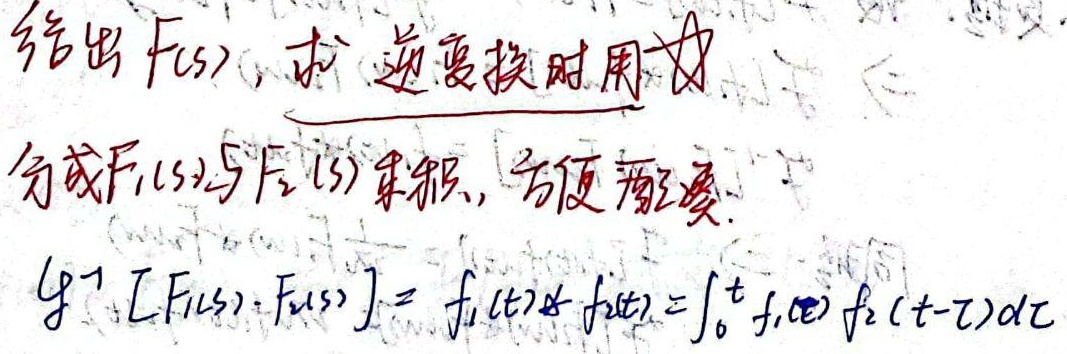
给出 \(F(s)\)，求逆变换时用分成 \(F_{1}(s)\) 与 \(F_{2}(s)\) 乘积，方便凑凑。\(\mathcal{L}^{-1}[F_{1}(s)\cdot F_{2}(s)]=f_{1}(t)*f_{2}(t)=\int_{0}^{t}f_{1}(\tau)f_{2}(t - \tau)d\tau\)